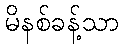
မိနစ်ခန့်သာ